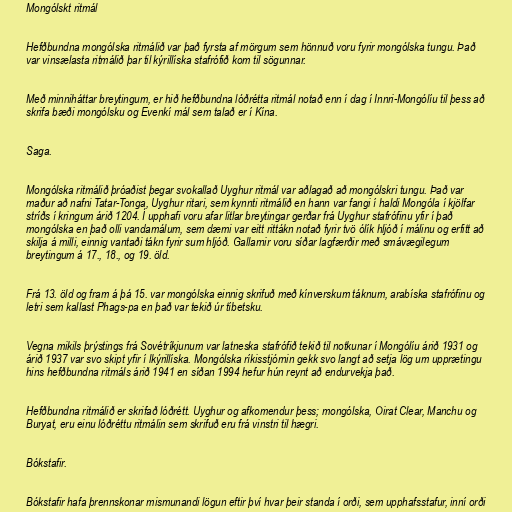
Mongólskt ritmál

Hefðbundna mongólska ritmálið var það fyrsta af mörgum sem hönnuð voru fyrir mongólska tungu. Það
var vinsælasta ritmálið þar til kýrillíska stafrófið kom til sögunnar.

Með minniháttar breytingum, er hið hefðbundna lóðrétta ritmál notað enn í dag í Innri-Mongólíu til þess að
skrifa bæði mongólsku og Evenkí mál sem talað er í Kína.

Saga.

Mongólska ritmálið þróaðist þegar svokallað Uyghur ritmál var aðlagað að mongólskri tungu. Það var
maður að nafni Tatar-Tonga, Uyghur ritari, sem kynnti ritmálið en hann var fangi í haldi Mongóla í kjölfar
stríðs í kringum árið 1204. Í upphafi voru afar litlar breytingar gerðar frá Uyghur stafrófinu yfir í það
mongólska en það olli vandamálum, sem dæmi var eitt rittákn notað fyrir tvö ólík hljóð í málinu og erfitt að
skilja á milli, einnig vantaði tákn fyrir sum hljóð. Gallarnir voru síðar lagfærðir með smávægilegum
breytingum á 17., 18., og 19. öld.

Frá 13. öld og fram á þá 15. var mongólska einnig skrifuð með kínverskum táknum, arabíska stafrófinu og
letri sem kallast Phags-pa en það var tekið úr tíbetsku.

Vegna mikils þrýstings frá Sovétríkjunum var latneska stafrófið tekið til notkunar í Mongólíu árið 1931 og
árið 1937 var svo skipt yfir í lkýrillíska. Mongólska ríkisstjórnin gekk svo langt að setja lög um upprætingu
hins hefðbundna ritmáls árið 1941 en síðan 1994 hefur hún reynt að endurvekja það.

Hefðbundna ritmálið er skrifað lóðrétt. Uyghur og afkomendur þess; mongólska, Oirat Clear, Manchu og
Buryat, eru einu lóðréttu ritmálin sem skrifuð eru frá vinstri til hægri.

Bókstafir.

Bókstafir hafa þrennskonar mismunandi lögun eftir því hvar þeir standa í orði, sem upphafsstafur, inní orði